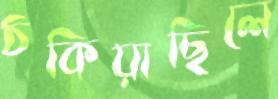
ঠকিয়াছিলে